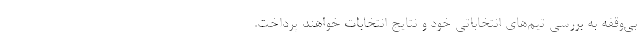
بی‌وقفه به بررسی تیم‌های انتخاباتی خود و نتایج انتخابات خواهند پرداخت.